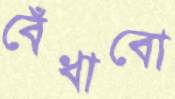
বেঁধাবো